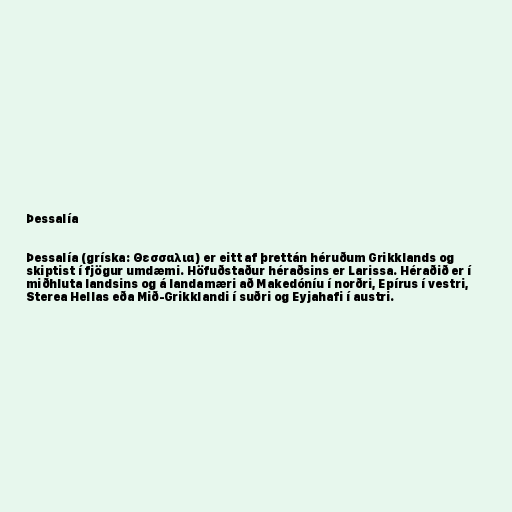
Þessalía

Þessalía (gríska: Θεσσαλια) er eitt af þrettán héruðum Grikklands og
skiptist í fjögur umdæmi. Höfuðstaður héraðsins er Larissa. Héraðið er í
miðhluta landsins og á landamæri að Makedóníu í norðri, Epírus í vestri,
Sterea Hellas eða Mið-Grikklandi í suðri og Eyjahafi í austri.